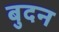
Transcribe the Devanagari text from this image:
बुदन